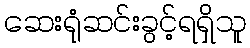
ဆေးရုံဆင်းခွင့်ရရှိသူ